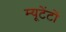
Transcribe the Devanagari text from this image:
म्यूटेंटों